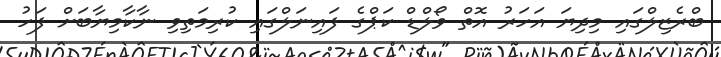
ބްރެޒިލްގައި މިދިޔަ އަހަރު އޮތް ވޯލްޑް ކަޕްގެ ފައިނަލްގައި ކުރިމަތިވި ނާކާމިޔާބަށް ފަހު